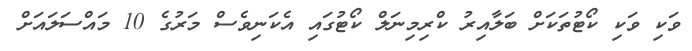
ވަކި ވަކި ކޯޓުތަކަށް ބަލާއިރު ކްރިމިނަލް ކޯޓުގައި އެކަނިވެސް މަރުގެ 10 މައްސަލައަށް